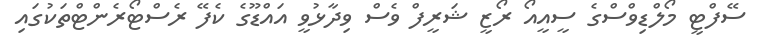
ސޭފްޓީ މޯލްޑިވްސްގެ ސީއީއޯ ރޯޒީ ޝަރީފް ވެސް ވިދާޅުވީ އައްޑޫގެ ކެފޭ ރެސްޓޯރެންޓްތަކުގައި